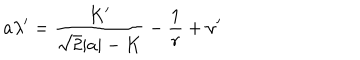
a \lambda ^ { \prime } = \frac { K ^ { \prime } } { \sqrt { 2 } | a | - K } - \frac { 1 } { r } + \nu ^ { \prime }